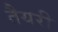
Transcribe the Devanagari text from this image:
तैयरी